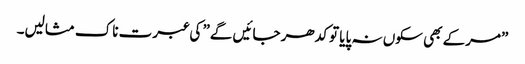
”مرکے بھی سکوں نہ پایا تو کدھر جائیں گے” کی عبرت ناک مثالیں۔